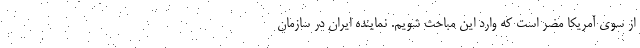
از سوی آمریکا مضر است که وارد این مباحث شویم. نماینده ایران در سازمان